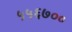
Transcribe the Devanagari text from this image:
५५६७००